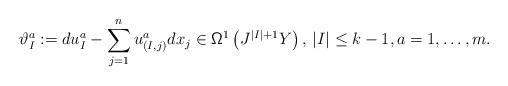
LaTeX: \begin{align*}\vartheta^a_I:=du^a_I-\sum_{j=1}^nu^a_{(I,j)}dx_j\in{\mathsf{\Omega}}^1\left(J^{|I|+1}Y\right),\, |I|\leq k-1,a=1,\dots,m.\end{align*}